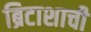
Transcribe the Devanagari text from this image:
ब्रिटाशाची